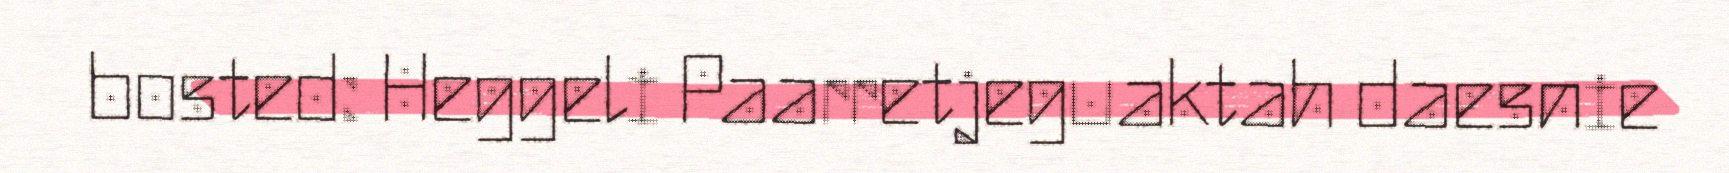
bosted: Heggeli Paarretjeguaktah daesnie